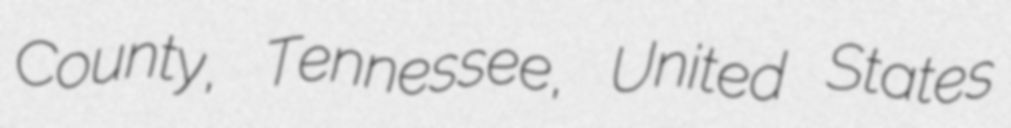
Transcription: County, Tennessee, United States